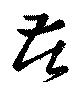
苦